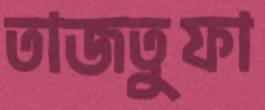
তাজতুফা